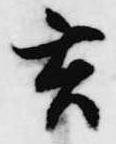
玄